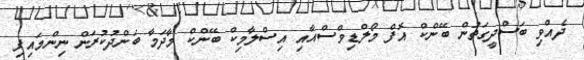
ދެއްވި ބަސްދީގަތުން ބޭންކް އޮފް މޯލްޑިވްސްއާއި އިސްލާމިކް ބޭންކް މާދަމާ ބަންދުކުރަން ނިންމައިފި